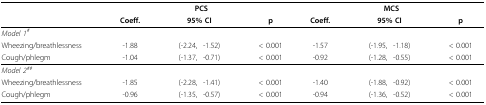
<table><thead><tr><td>[EMPTY_CELL]</td><td colspan="4"><b>PCS</b></td><td colspan="4"><b>MCS</b></td></tr><tr><td>[EMPTY_CELL]</td><td><b>Coeff.</b></td><td colspan="2"><b>95% CI</b></td><td><b>p</b></td><td><b>Coeff.</b></td><td colspan="2"><b>95% CI</b></td><td><b>p</b></td></tr></thead><tbody><tr><td><i>Model 1<sup>#</sup></i></td><td>[EMPTY_CELL]</td><td>[EMPTY_CELL]</td><td>[EMPTY_CELL]</td><td>[EMPTY_CELL]</td><td>[EMPTY_CELL]</td><td>[EMPTY_CELL]</td><td>[EMPTY_CELL]</td><td>[EMPTY_CELL]</td></tr><tr><td>Wheezing/breathlessness</td><td>-1.88</td><td>(-2.24,</td><td>-1.52)</td><td>&lt; 0.001</td><td>-1.57</td><td>(-1.95,</td><td>-1.18)</td><td>&lt; 0.001</td></tr><tr><td>Cough/phlegm</td><td>-1.04</td><td>(-1.37,</td><td>-0.71)</td><td>&lt; 0.001</td><td>-0.92</td><td>(-1.28,</td><td>-0.55)</td><td>&lt; 0.001</td></tr><tr><td><i>Model 2<sup>##</sup></i></td><td>[EMPTY_CELL]</td><td>[EMPTY_CELL]</td><td>[EMPTY_CELL]</td><td>[EMPTY_CELL]</td><td>[EMPTY_CELL]</td><td>[EMPTY_CELL]</td><td>[EMPTY_CELL]</td><td>[EMPTY_CELL]</td></tr><tr><td>Wheezing/breathlessness</td><td>-1.85</td><td>(-2.28,</td><td>-1.41)</td><td>&lt; 0.001</td><td>-1.40</td><td>(-1.88,</td><td>-0.92)</td><td>&lt; 0.001</td></tr><tr><td>Cough/phlegm</td><td>-0.96</td><td>(-1.35,</td><td>-0.57)</td><td>&lt; 0.001</td><td>-0.94</td><td>(-1.36,</td><td>-0.52)</td><td>&lt; 0.001</td></tr></tbody></table>